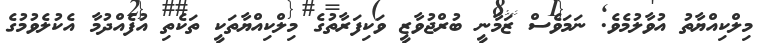
މިލްކިއްޔާތު އުވާލުމެވެ. ނަމަވެސް ޒަމާނީ ބުރްޖުވާޒީ ވަކިފަރާތުގެ މިލްކިއްޔާތަކީ ތަކެތި އުފެއްދުމާ އެކުލެވުމުގެ